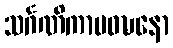
သင်္ဂဏိကာပဝဍ္ဎနော